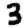
Digit: 3